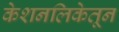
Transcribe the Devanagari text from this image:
केशनलिकेतून